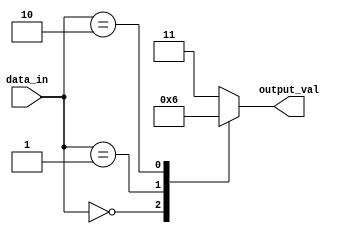
module dont_care_behavior (
    input [3:0] data_in,
    output reg [1:0] output_val
);

always @ (data_in)
begin
    case(data_in)
        4'b0000 : output_val = 2'b00;
        4'b0001 : output_val = 2'b01;
        4'b0010 : output_val = 2'b10;
        default : output_val = 2'b11; // Don't care case
    endcase
end

endmodule